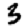
Digit: 3